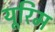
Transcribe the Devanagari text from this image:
यूरिम